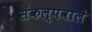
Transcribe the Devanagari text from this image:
संकल्पवाले